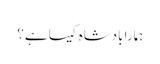
ہمارا بادشاہ کیسا ہے؟